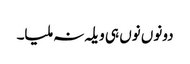
دونوں نوں ہی ویلہ نہ ملیا۔